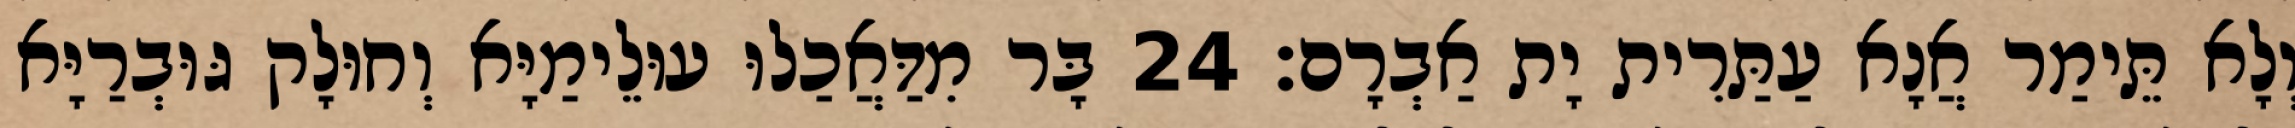
וְלָא תֵּימַר אֲנָא עַתַּרִית יָת אַבְרָם׃ 24 בָּר מִדַּאֲכַלוּ עוּלֵימַיָּא וְחוּלָק גּוּבְרַיָּא